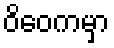
ဝိဝေကမှာ